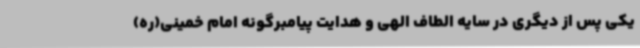
یکی پس از دیگری در سایه الطاف الهی و هدایت پیامبرگونه امام خمینی(ره)